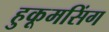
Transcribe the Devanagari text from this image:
हुकूमसिंग